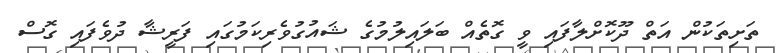
ތަށިތަކުން އަތް ދޫކޮށްލާފައި ވީ ގޮތެއް ބަލައިލުމުގެ ޝައުގުވެރިކަމުގައި ފަރީޝާ ދުވެފައި ގޮސް